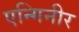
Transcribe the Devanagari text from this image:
एन्गिनीर